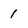
Character: 1